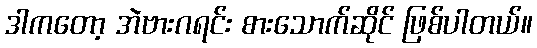
ဒါကတော့ အဲဗားဂရင်း စားသောက်ဆိုင် ဖြစ်ပါတယ်။